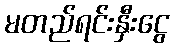
မတည်ရင်းနှီးငွေ